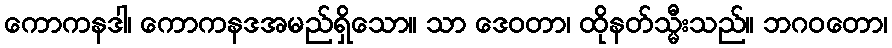
ကောကနဒါ၊ ကောကနဒအမည်ရှိသော။ သာ ဒေဝတာ၊ ထိုနတ်သ္မီးသည်။ ဘဂဝတော၊